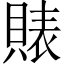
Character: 𧶫